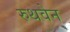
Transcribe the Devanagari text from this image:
रुथवेन